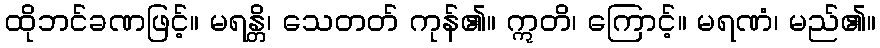
ထိုဘင်ခဏဖြင့်။ မရန္တိ၊ သေတတ် ကုန်၏။ ဣတိ၊ ကြောင့်။ မရဏံ၊ မည်၏။